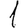
Digit: 1